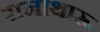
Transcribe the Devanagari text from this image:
रानाथारू